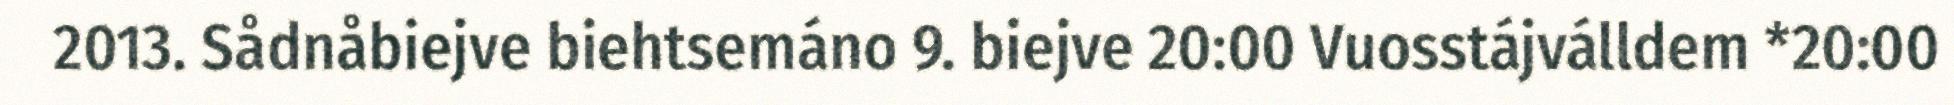
2013. Sådnåbiejve biehtsemáno 9. biejve 20:00 Vuosstájválldem *20:00